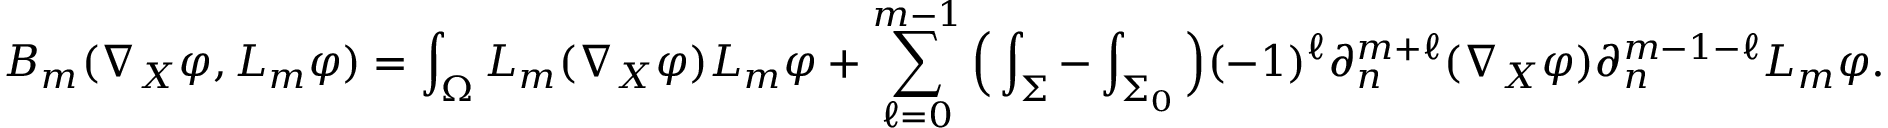
B _ { m } ( \nabla _ { X } \varphi , L _ { m } \varphi ) = \int _ { \Omega } L _ { m } ( \nabla _ { X } \varphi ) L _ { m } \varphi + \sum _ { \ell = 0 } ^ { m - 1 } \Big ( \int _ { \Sigma } - \int _ { \Sigma _ { 0 } } \Big ) ( - 1 ) ^ { \ell } \partial _ { n } ^ { m + \ell } ( \nabla _ { X } \varphi ) \partial _ { n } ^ { m - 1 - \ell } L _ { m } \varphi .